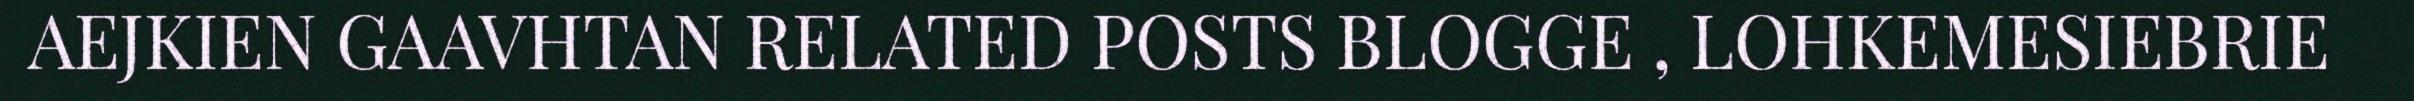
AEJKIEN GAAVHTAN RELATED POSTS BLOGGE , LOHKEMESIEBRIE